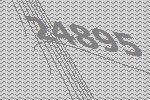
24895